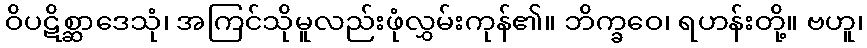
ဝိပဋိစ္ဆာဒေသုံ၊ အကြင်သိုမူလည်းဖုံလွှမ်းကုန်၏။ ဘိက္ခဝေ၊ ရဟန်းတို့။ ဗဟူ၊